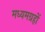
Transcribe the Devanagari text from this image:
मध्यमग्रहों